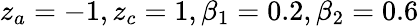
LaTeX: z_{a}=-1,z_{c}=1,\beta_{1}=0.2,\beta_{2}=0.6